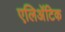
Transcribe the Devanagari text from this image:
एलिअॅटिक